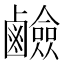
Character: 鹼